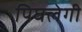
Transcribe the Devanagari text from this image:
पिघलेगी